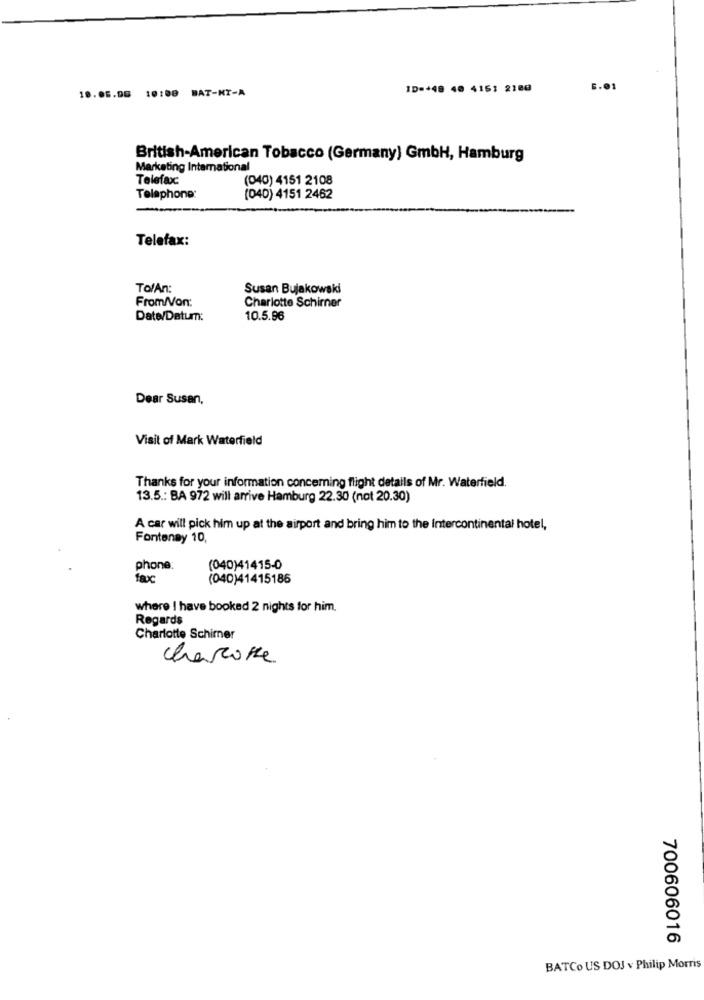
18.05.00 10:08 BAT-NI-A
ID=+48 40 4161 2180
6.01
British-American Tobacco (Germany) GmbH, Hamburg
Marketing International
Telefax:
(040) 4151 2108
Telephone:
(040) 4151 2462
Telefax:
TolAn:
Susan Bujakowski
From/Von:
Charlotte Schimner
Date/Datum:
10.5.96
Dear Susan,
Visit of Mark Waterfield
Thanks for your information concerning flight details of Mr. Waterfield.
13.5 .: BA 972 will arrive Hamburg 22.30 (not 20.30)
A car will pick him up at the airport and bring him to the Intercontinental hotel,
Fontenay 10,
phone:
(040)41415-0
fax:
(040)41415186
where I have booked 2 nights for him.
Regards
Charlotte Schimner
charcoke
700606016
BATCO US DOJ v Philip Morris